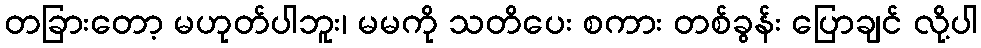
တခြားတော့ မဟုတ်ပါဘူး၊ မမကို သတိပေး စကား တစ်ခွန်း ပြောချင် လို့ပါ